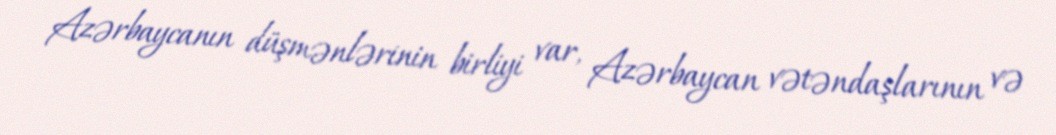
Azərbaycanın düşmənlərinin birliyi var, Azərbaycan vətəndaşlarının və